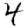
Digit: 4